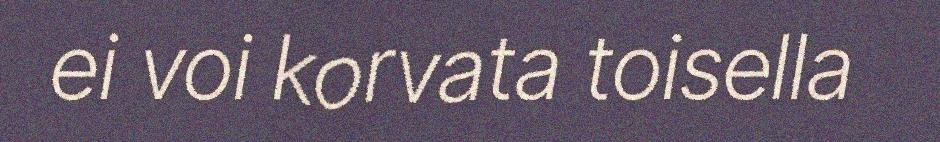
ei voi korvata toisella